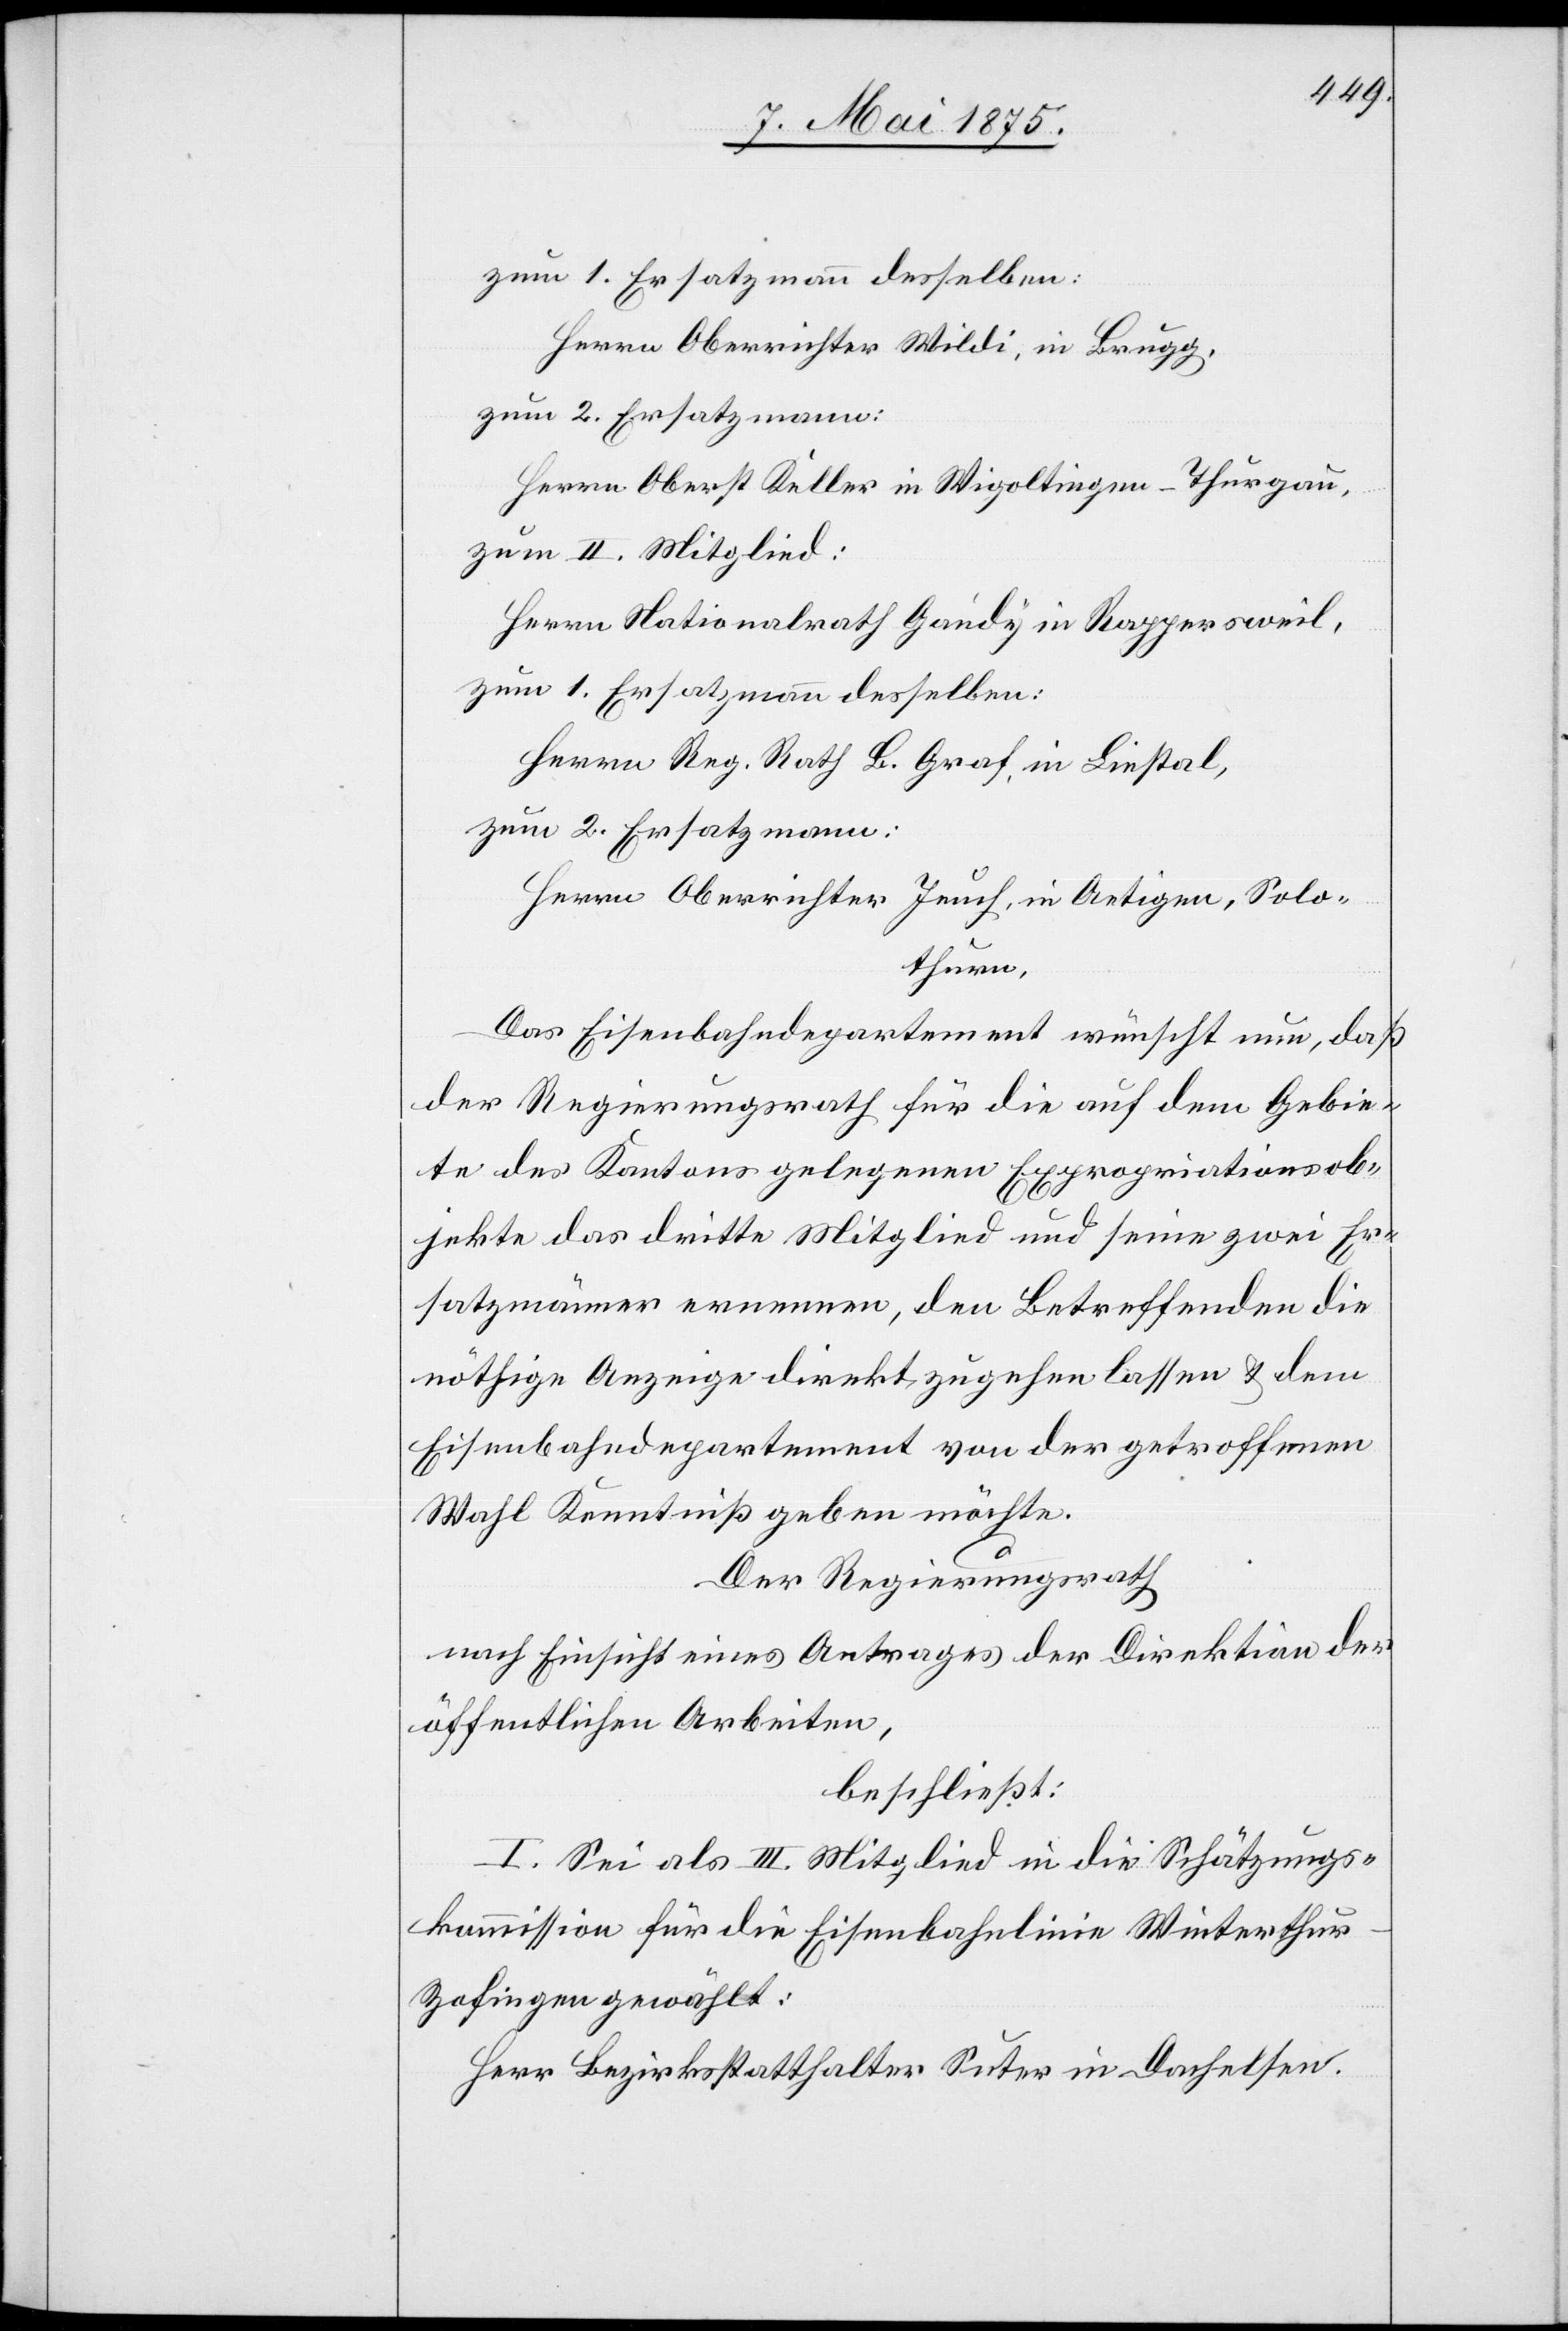
Herrn Oberrichter Wildi, in Brugg,
zum 2. Ersatzmann:
Herrn Oberst Keller in Wigoltingen - Thurgau,
zum II. Mitglied:
Herrn Nationalrath Gandy in Rappersweil,
zum 1. Ersatzmann desselben:
Herrn Reg. Rath B. Graf, in Liestal,
Herrn Oberrichter Teuch, in Aetigen, Solo¬
thurn,
Das Eisenbahndepartement wünscht nun, daß
der Regierungsrath für die auf dem Gebie¬
te des Kantons gelegenen Expropriationsob¬
jekte das dritte Mitglied und seine zwei Er¬
satzmänner ernennen, den Betreffenden die
nöthige Anzeige direkt zugehen lassen & dem
Eisenbahndepartement von der getroffenen
Wahl Kenntniß geben möchte.
Der Regierungsrath
nach Einsicht eines Antrages der Direktion der
öffentlichen Arbeiten,
beschließt:
I. Sei als III. Mitglied in die Schätzungs¬
kommission für die Eisenbahnlinie Winterthu¬
r–Zofingen gewählt:
Herr Bezirksstatthalter Suter in Dachelsen.